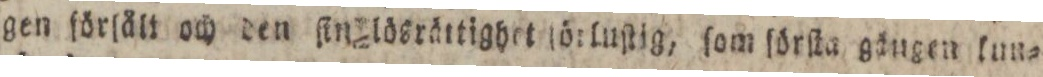
gen förlått och den ſin lösrättighet förluſtig, ſom ſörſta gängen lun=